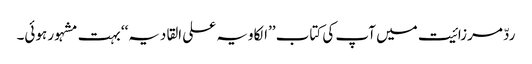
ردّ مرزائیت میں آپ کی کتاب ’’الکاویہ علی القادیہ‘‘ بہت مشہور ہوئی۔